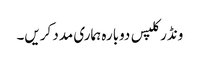
ونڈر کلپس دوبارہ ہماری مدد کریں۔